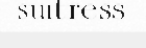
suitress